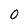
Character: 0